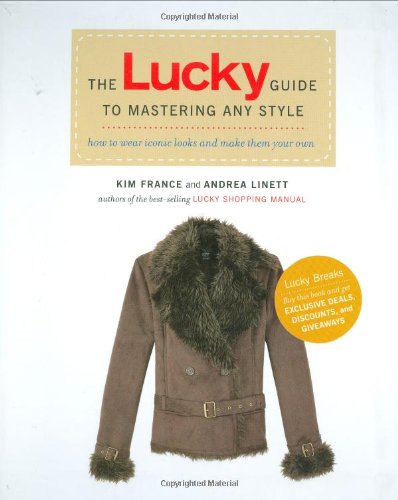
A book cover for The Lucky Guide to Mastering Any Style: How to Wear Iconic Looks and Make Them Your Own; Kim France; Reference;